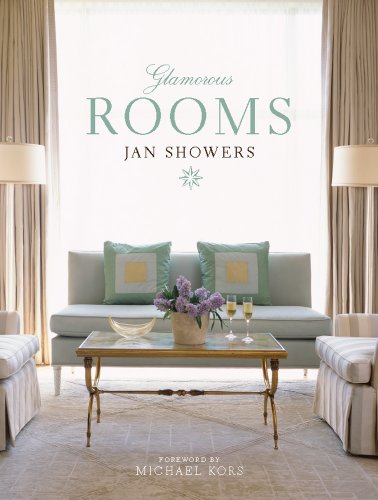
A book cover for Glamorous Rooms; Jan Showers; Arts & Photography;